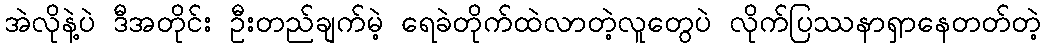
အဲလိုနဲ့ပဲ ဒီအတိုင်း ဦးတည်ချက်မဲ့ ရေခဲတိုက်ထဲလာတဲ့လူတွေပဲ လိုက်ပြဿနာရှာနေတတ်တဲ့